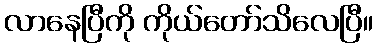
လာနေပြီကို ကိုယ်တော်သိလေပြီ။